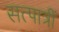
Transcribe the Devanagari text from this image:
सत्पात्रीं